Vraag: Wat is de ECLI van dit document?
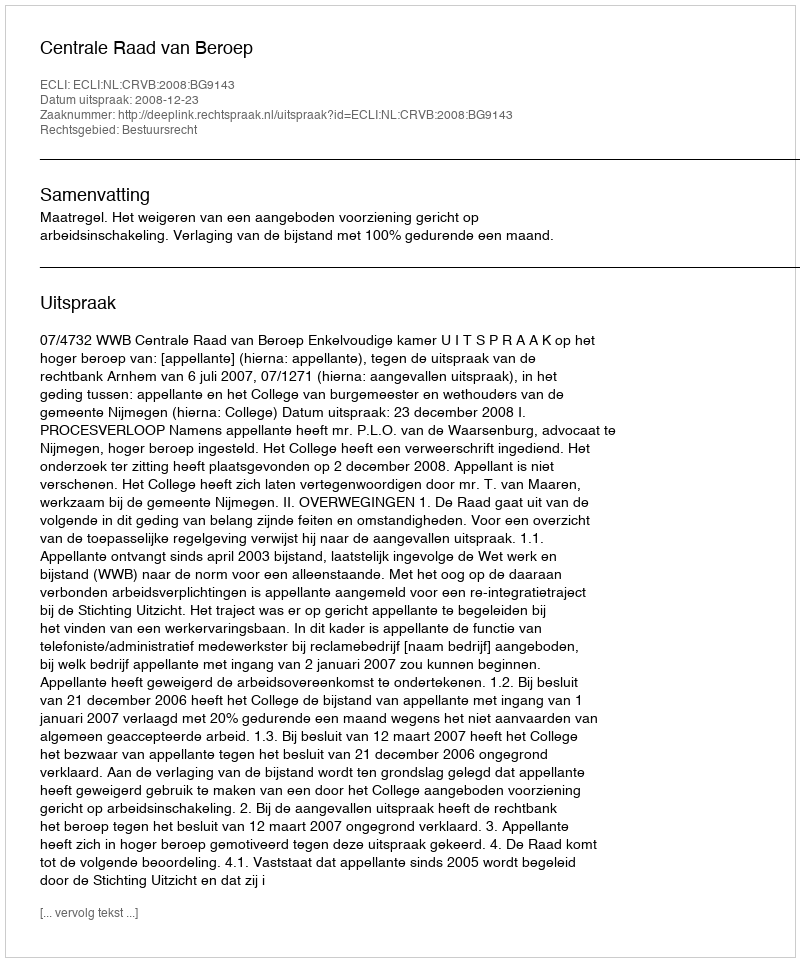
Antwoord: ECLI:NL:CRVB:2008:BG9143